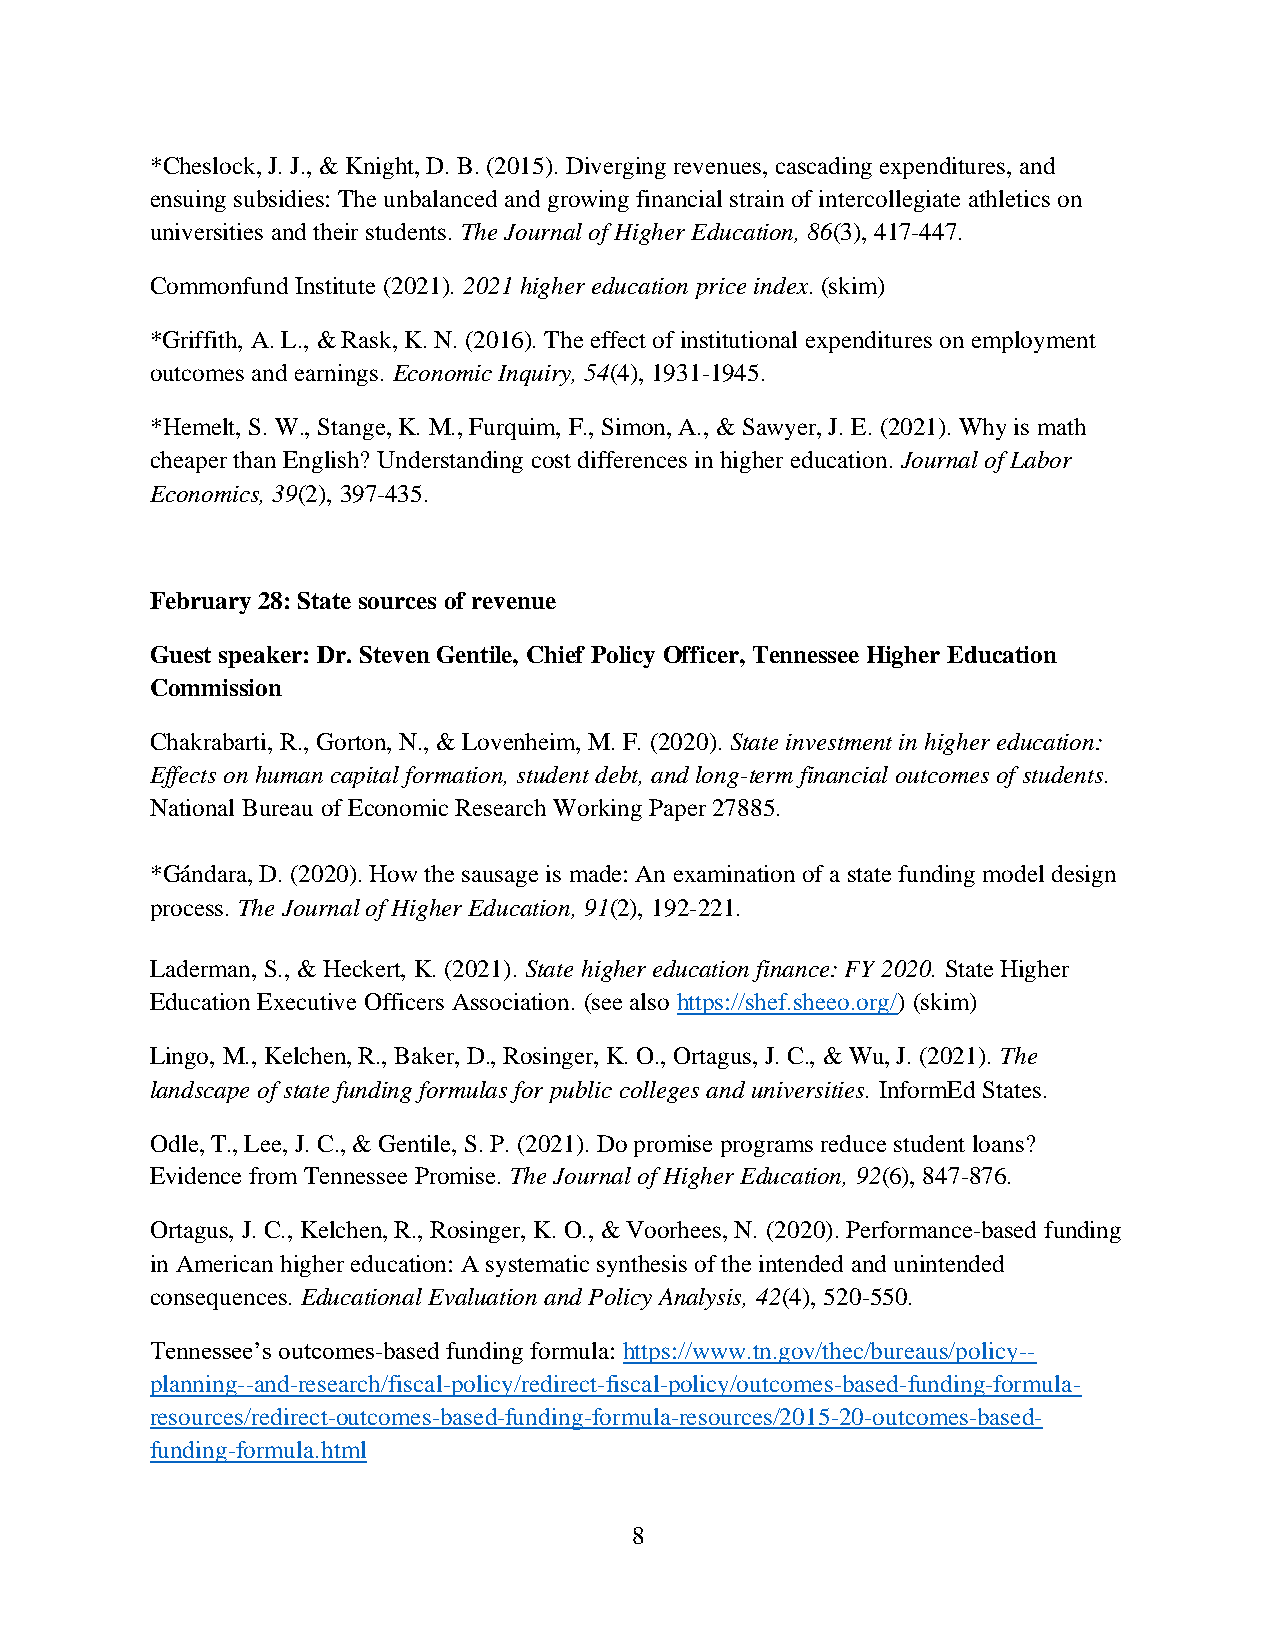
*Cheslock, J. J., & Knight, D. B. (2015). Diverging revenues, cascading expenditures, and
 ensuing subsidies: The unbalanced and growing financial strain of intercollegiate athletics on
 universities and their students. The Journal of Higher Education, 86(3), 417-447.
 Commonfund Institute (2021). 2021 higher education price index. (skim)
 *Griffith, A. L., & Rask, K. N. (2016). The effect of institutional expenditures on employment
 outcomes and earnings. Economic Inquiry, 54(4), 1931-1945.
 *Hemelt, S. W., Stange, K. M., Furquim, F., Simon, A., & Sawyer, J. E. (2021). Why is math
 cheaper than English? Understanding cost differences in higher education. Journal of Labor
 Economics, 39(2), 397-435.
 February 28: State sources of revenue
 Guest speaker: Dr. Steven Gentile, Chief Policy Officer, Tennessee Higher Education
 Commission
 Chakrabarti, R., Gorton, N., & Lovenheim, M. F. (2020). State investment in higher education:
 Effects on human capital formation, student debt, and long-term financial outcomes of students.
 National Bureau of Economic Research Working Paper 27885.
 *Gándara, D. (2020). How the sausage is made: An examination of a state funding model design
 process. The Journal of Higher Education, 91(2), 192-221.
 Laderman, S., & Heckert, K. (2021). State higher education finance: FY 2020. State Higher
 Education Executive Officers Association. (see also https://shef.sheeo.org/) (skim)
 Lingo, M., Kelchen, R., Baker, D., Rosinger, K. O., Ortagus, J. C., & Wu, J. (2021). The
 landscape of state funding formulas for public colleges and universities. InformEd States.
 Odle, T., Lee, J. C., & Gentile, S. P. (2021). Do promise programs reduce student loans?
 Evidence from Tennessee Promise. The Journal of Higher Education, 92(6), 847-876.
 Ortagus, J. C., Kelchen, R., Rosinger, K. O., & Voorhees, N. (2020). Performance-based funding
 in American higher education: A systematic synthesis of the intended and unintended
 consequences. Educational Evaluation and Policy Analysis, 42(4), 520-550.
 Tennessee’s outcomes-based funding formula: https://www.tn.gov/thec/bureaus/policy--
 planning--and-research/fiscal-policy/redirect-fiscal-policy/outcomes-based-funding-formula-
 resources/redirect-outcomes-based-funding-formula-resources/2015-20-outcomes-based-
 funding-formula.html
 8